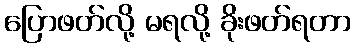
ပြောဖတ်လို့ မရလို့ ခိုးဖတ်ရတာ